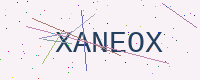
Text: XANEOX